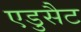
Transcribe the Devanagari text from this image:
एडुसैट